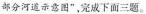
部分河道示意图”，完成下面三题。